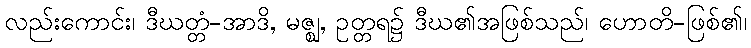
လည်းကောင်း၊ ဒီဃတ္တံ-အာဒိ, မဇ္ဈ, ဥတ္တရ၌ ဒီဃ၏အဖြစ်သည်၊ ဟောတိ-ဖြစ်၏၊